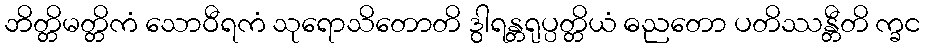
ဘိတ္တိမတ္တိကံ သောဝီရကံ သုရောသိတောတိ ဒွါရန္တရုပ္ပတ္တိယံ ဓညတော ပတိဿန္တီတိ က္ခင